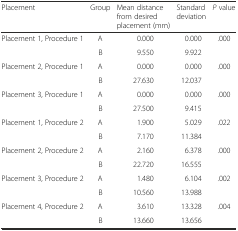
<table><thead><tr><td><b>Placement</b></td><td><b>Group</b></td><td><b>Mean distance from desired placement (mm)</b></td><td><b>Standard deviation</b></td><td><b><i>P</i> value</b></td></tr></thead><tbody><tr><td>Placement 1, Procedure 1</td><td>A</td><td>0.000</td><td>0.000</td><td>.000</td></tr><tr><td></td><td>B</td><td>9.550</td><td>9.922</td><td></td></tr><tr><td>Placement 2, Procedure 1</td><td>A</td><td>0.000</td><td>0.000</td><td>.000</td></tr><tr><td></td><td>B</td><td>27.630</td><td>12.037</td><td></td></tr><tr><td>Placement 3, Procedure 1</td><td>A</td><td>0.000</td><td>0.000</td><td>.000</td></tr><tr><td></td><td>B</td><td>27.500</td><td>9.415</td><td></td></tr><tr><td>Placement 1, Procedure 2</td><td>A</td><td>1.900</td><td>5.029</td><td>.022</td></tr><tr><td></td><td>B</td><td>7.170</td><td>11.384</td><td></td></tr><tr><td>Placement 2, Procedure 2</td><td>A</td><td>2.160</td><td>6.378</td><td>.000</td></tr><tr><td></td><td>B</td><td>22.720</td><td>16.555</td><td></td></tr><tr><td>Placement 3, Procedure 2</td><td>A</td><td>1.480</td><td>6.104</td><td>.002</td></tr><tr><td></td><td>B</td><td>10.560</td><td>13.988</td><td></td></tr><tr><td>Placement 4, Procedure 2</td><td>A</td><td>3.610</td><td>13.328</td><td>.004</td></tr><tr><td></td><td>B</td><td>13.660</td><td>13.656</td><td></td></tr></tbody></table>